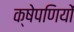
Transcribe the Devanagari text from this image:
क्षेपणियों